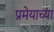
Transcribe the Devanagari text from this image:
प्रमेयाच्या